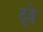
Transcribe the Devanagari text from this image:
टूट्ते